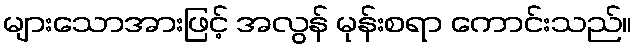
များသောအားဖြင့် အလွန် မုန်းစရာ ကောင်းသည်။